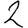
Digit: 2